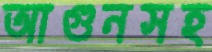
আগুনসহ